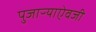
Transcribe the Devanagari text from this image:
पुजाऱ्याऐवजी